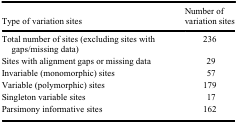
<table><thead><tr><td><b>Type of variation sites</b></td><td><b>Number of variation sites</b></td></tr></thead><tbody><tr><td>Total number of sites (excluding sites with gaps/missing data)</td><td>236</td></tr><tr><td>Sites with alignment gaps or missing data</td><td>29</td></tr><tr><td>Invariable (monomorphic) sites</td><td>57</td></tr><tr><td>Variable (polymorphic) sites</td><td>179</td></tr><tr><td>Singleton variable sites</td><td>17</td></tr><tr><td>Parsimony informative sites</td><td>162</td></tr></tbody></table>